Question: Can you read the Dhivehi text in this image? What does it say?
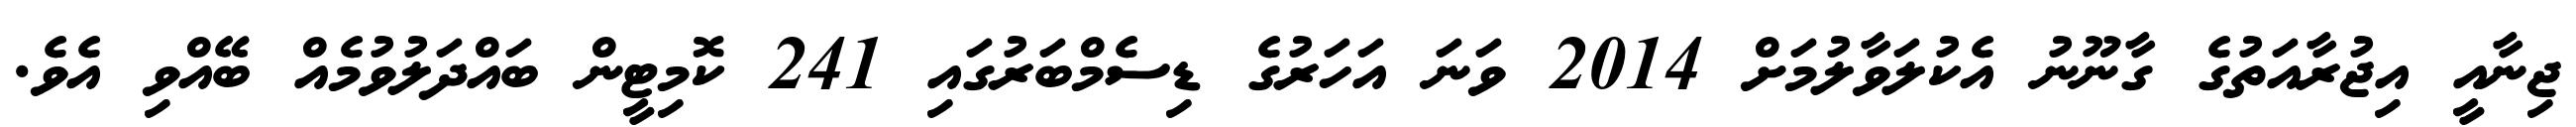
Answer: ޖިނާއީ އިޖުރާއަތުގެ ގާނޫނު އެކުލަވާލުމަށް 2014 ވަނަ އަހަރުގެ ޑިސެމްބަރުގައި 241 ކޮމިޓީން ބައްދަލުވުމެއް ބޭއްވި އެވެ.